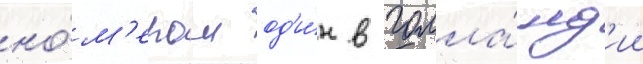
но́м'ером од'и́н в голла́нд'ии